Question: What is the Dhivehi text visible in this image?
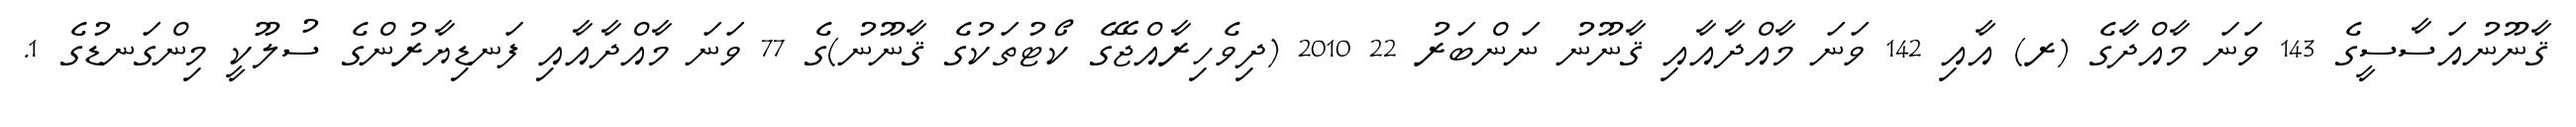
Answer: ޤާނޫނުއަސާސީގެ 143 ވަނަ މާއްދާގެ (ރ) އާއި 142 ވަނަ މާއްދާއާއި ޤާނޫނު ނަންބަރު 22 2010 (ދިވެހިރާއްޖޭގެ ކޯޓުތަކުގެ ޤާނޫނު)ގެ 77 ވަނަ މާއްދާއާއި ފަނޑިޔާރުންގެ ސުލޫކީ މިންގަނޑުގެ 1.